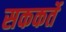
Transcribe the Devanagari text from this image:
सककर्ते